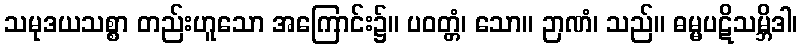
သမုဒယသစ္စာ တည်းဟူသော အကြောင်း၌။ ပဝတ္တံ၊ သော။ ဉာဏံ၊ သည်။ ဓမ္မပဋိသမ္ဘိဒါ၊